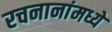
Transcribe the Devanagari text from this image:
रचनानांमध्ये